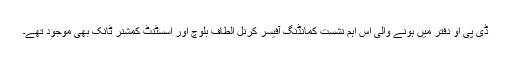
ڈی پی او دفتر میں ہونے والی اس اہم نشست کمانڈنگ آفیسر کرنل الطاف بلوچ اور اسسٹنٹ کمشنر ٹانک بھی موجود تھے۔